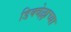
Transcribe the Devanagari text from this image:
डिक्वेल्लाच्या